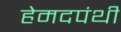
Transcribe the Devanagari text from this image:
हेमदपंथी